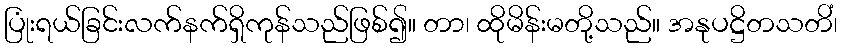
ပြုံးရယ်ခြင်းလက်နက်ရှိကုန်သည်ဖြစ်၍။ တာ၊ ထိုမိန်းမတို့သည်။ အနုပဋ္ဌိတသတိံ၊